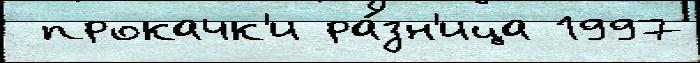
 прокачк'и ра́зн'ица 1997